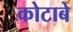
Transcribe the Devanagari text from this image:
कोटाबे